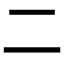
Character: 𠄞